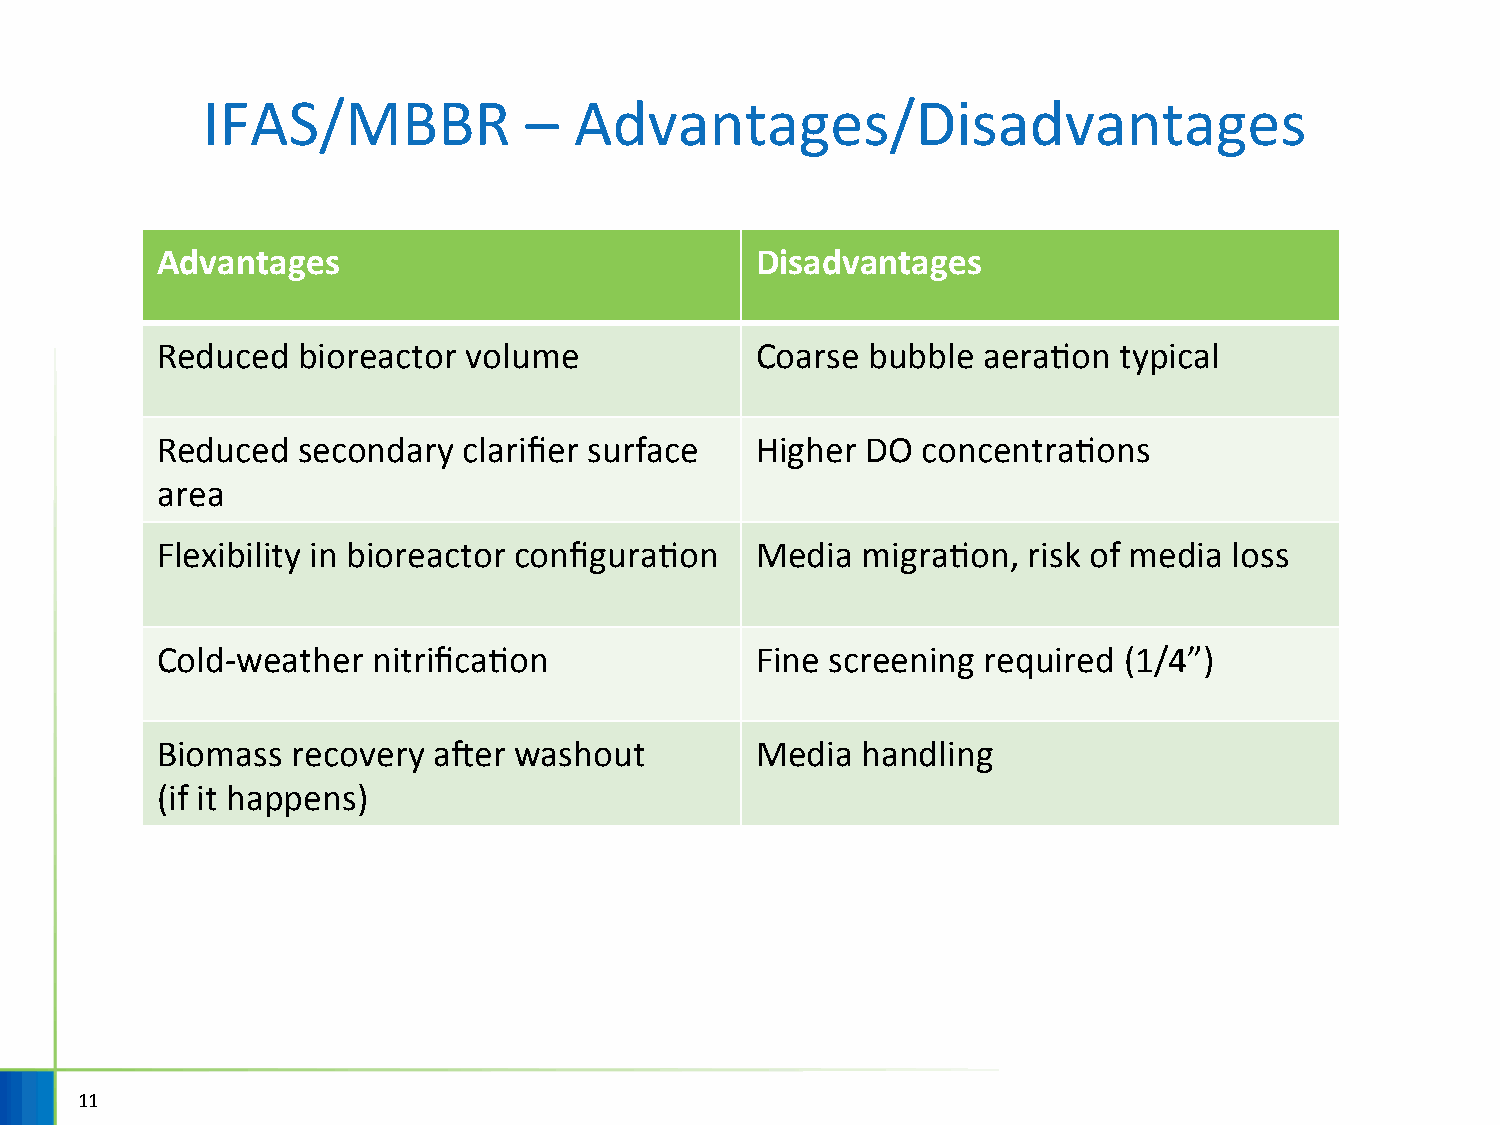
IFAS/MBBR             –  Advantages/Disadvantages
 Advantages                              Disadvantages
 Reduced   bioreactor volume             Coarse  bubble aeraHon  typical
 Reduced   secondary  clarifier surface  Higher DO  concentraHons
 area
 Flexibility in bioreactor configuraHon  Media  migraHon,  risk of media loss
 Cold-weather   nitrificaHon             Fine screening required (1/4”)
 Biomass  recovery  afer washout         Media  handling
 (if it happens)
 11